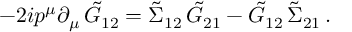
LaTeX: - 2 i p ^ { \mu } \partial _ { \mu } \, \tilde { G } _ { 1 2 } = \tilde { \Sigma } _ { 1 2 } \, \tilde { G } _ { 2 1 } - \tilde { G } _ { 1 2 } \, \tilde { \Sigma } _ { 2 1 } \, .